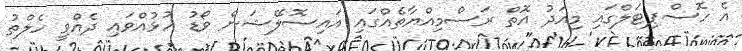
އެ ހޮސްޕިޓަލްގައި މިއަދު އޮތް ރަސްމިއްޔާތެއްގައި އައިސޮލޭޝަން ވޯޑު ހުޅުއްވައި ދެއްވީ ހެލްތު